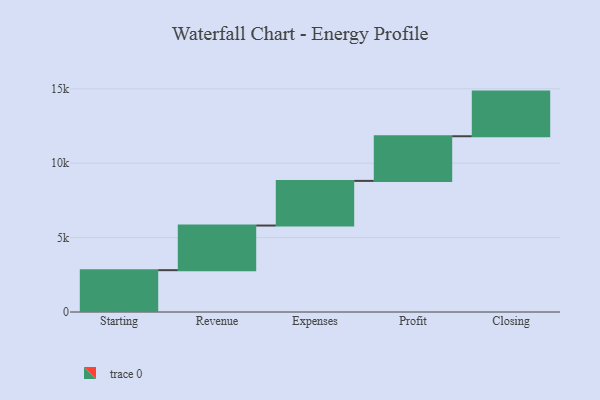
{"axis": {"x": "Step", "y": "Value"}, "legend": [""], "data": [{"x": "Starting", "y": 2810.0, "type": ""}, {"x": "Revenue", "y": 3000, "type": ""}, {"x": "Expenses", "y": 3000, "type": ""}, {"x": "Profit", "y": 3000, "type": ""}, {"x": "Closing", "y": 3000, "type": ""}]}